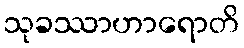
သုခဿာဟာရောတိ